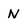
Character: N